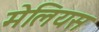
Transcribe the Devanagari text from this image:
मेलियस